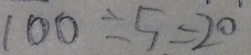
1 0 0 \div 5 = 2 0